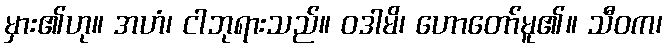
မှား၏ဟု။ အဟံ၊ ငါဘုရားသည်။ ဝဒါမိ၊ ဟောတော်မူ၏။ သီဝက၊